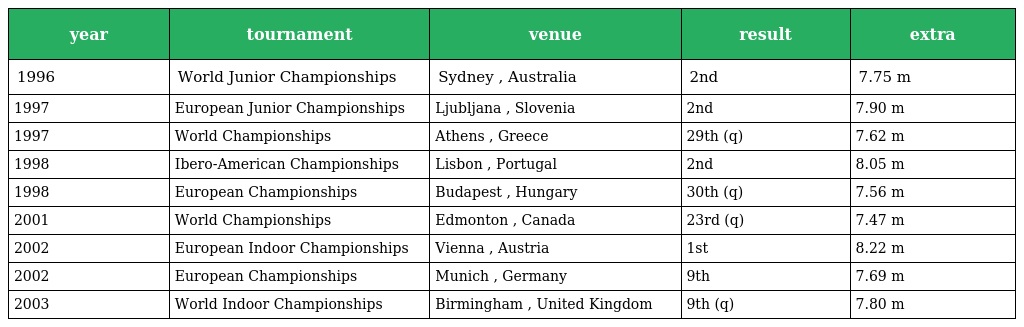
| year | tournament | venue | result | extra |
 | --- | --- | --- | --- | --- |
 | 1996 | World Junior Championships | Sydney , Australia | 2nd | 7.75 m |
 | 1997 | European Junior Championships | Ljubljana , Slovenia | 2nd | 7.90 m |
 | 1997 | World Championships | Athens , Greece | 29th (q) | 7.62 m |
 | 1998 | Ibero-American Championships | Lisbon , Portugal | 2nd | 8.05 m |
 | 1998 | European Championships | Budapest , Hungary | 30th (q) | 7.56 m |
 | 2001 | World Championships | Edmonton , Canada | 23rd (q) | 7.47 m |
 | 2002 | European Indoor Championships | Vienna , Austria | 1st | 8.22 m |
 | 2002 | European Championships | Munich , Germany | 9th | 7.69 m |
 | 2003 | World Indoor Championships | Birmingham , United Kingdom | 9th (q) | 7.80 m |